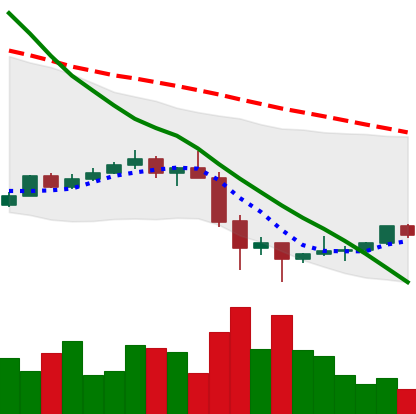
Ticker: TRX-USD
Chart end date: 2022-01-30
Forward return: 9.662%
Label: up_7plus